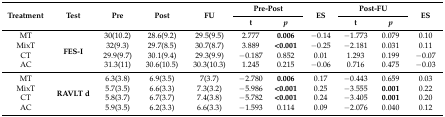
<table><thead><tr><td rowspan="2"><b>Treatment</b></td><td rowspan="2"><b>Test</b></td><td rowspan="2"><b>Pre</b></td><td rowspan="2"><b>Post</b></td><td rowspan="2"><b>FU</b></td><td colspan="2"><b>Pre-Post</b></td><td rowspan="2"><b>ES</b></td><td colspan="2"><b>Post-FU</b></td><td rowspan="2"><b>ES</b></td></tr><tr><td><b>t</b></td><td><b><i>p</i></b></td><td><b>t</b></td><td><b><i>p</i></b></td></tr></thead><tbody><tr><td>MT</td><td rowspan="4"><b>FES-I</b></td><td>30(10.2)</td><td>28.6(9.2)</td><td>29.5(9.5)</td><td>2.777</td><td><b>0.006</b></td><td>−0.14</td><td>−1.773</td><td>0.079</td><td>0.10</td></tr><tr><td>MixT</td><td>32(9.3)</td><td>29.7(8.5)</td><td>30.7(8.7)</td><td>3.889</td><td><b>&lt;0.001</b></td><td>−0.25</td><td>−2.181</td><td>0.031</td><td>0.11</td></tr><tr><td>CT</td><td>29.9(9.7)</td><td>30.1(9.4)</td><td>29.3(9.9)</td><td>−0.187</td><td>0.852</td><td>0.01</td><td>1.293</td><td>0.199</td><td>−0.07</td></tr><tr><td>AC</td><td>31.3(11)</td><td>30.6(10.5)</td><td>30.3(10.3)</td><td>1.245</td><td>0.215</td><td>−0.06</td><td>0.716</td><td>0.475</td><td>−0.03</td></tr><tr><td>MT</td><td rowspan="4"><b>RAVLT d</b></td><td>6.3(3.8)</td><td>6.9(3.5)</td><td>7(3.7)</td><td>−2.780</td><td><b>0.006</b></td><td>0.17</td><td>−0.443</td><td>0.659</td><td>0.03</td></tr><tr><td>MixT</td><td>5.7(3.5)</td><td>6.6(3.3)</td><td>7.3(3.2)</td><td>−5.986</td><td><b>&lt;0.001</b></td><td>0.25</td><td>−3.555</td><td><b>0.001</b></td><td>0.22</td></tr><tr><td>CT</td><td>5.8(3.7)</td><td>6.7(3.7)</td><td>7.4(3.8)</td><td>−5.782</td><td><b>&lt;0.001</b></td><td>0.24</td><td>−3.405</td><td><b>0.001</b></td><td>0.20</td></tr><tr><td>AC</td><td>5.9(3.5)</td><td>6.2(3.3)</td><td>6.6(3.3)</td><td>−1.593</td><td>0.114</td><td>0.09</td><td>−2.076</td><td>0.040</td><td>0.12</td></tr></tbody></table>